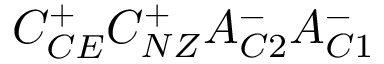
C _ { C E } ^ { + } C _ { N Z } ^ { + } A _ { C 2 } ^ { - } A _ { C 1 } ^ { - }